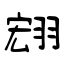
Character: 翝